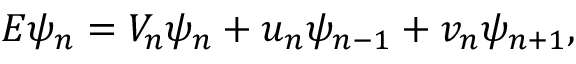
E \psi _ { n } = V _ { n } \psi _ { n } + u _ { n } \psi _ { n - 1 } + v _ { n } \psi _ { n + 1 } ,